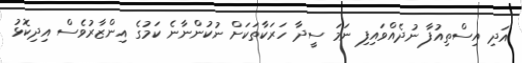
އަދި އިސްތިއުފާ ނުދެއްވައިފި ނަމަ ސީދާ ހަރަކާތަކަށް ނުކުންނާނެ ކަމުގެ އިންޒާރުވެސް އިދިކޮޅު